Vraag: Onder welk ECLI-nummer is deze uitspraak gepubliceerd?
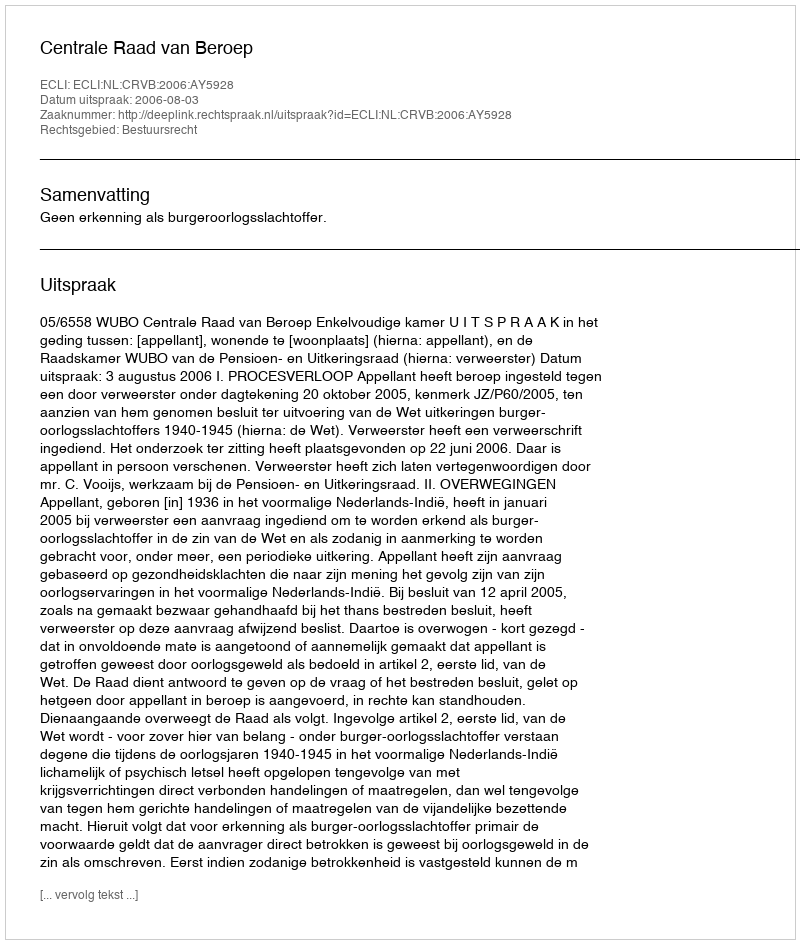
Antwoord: ECLI:NL:CRVB:2006:AY5928